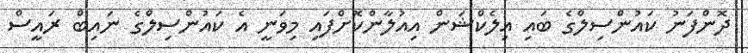
ދޮންފަނު ކައުންސިލްގެ ބައި އިލެކްޝަން އިއުލާންކޮށްފައި މިވަނީ އެ ކައުންސިލްގެ ނައިބް ރައީސް